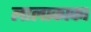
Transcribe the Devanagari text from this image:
लालाकाका